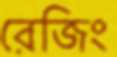
রেজিং